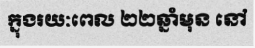
ក្នុងរយៈពេល ២២ឆ្នាំមុន នៅ